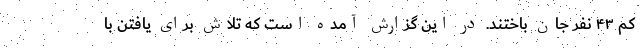
کم ۴۳ نفر جان باختند. در این گزارش آمده است که تلاش برای یافتن با